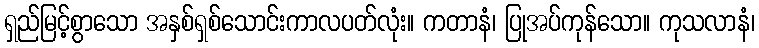
ရှည်မြင့်စွာသော အနှစ်ရှစ်သောင်းကာလပတ်လုံး။ ကတာနံ၊ ပြုအပ်ကုန်သော။ ကုသလာနံ၊